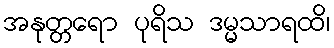
အနုတ္တရော ပုရိသ ဒမ္မသာရထိ၊